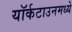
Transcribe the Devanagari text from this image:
यॉर्कटाउनमध्ये